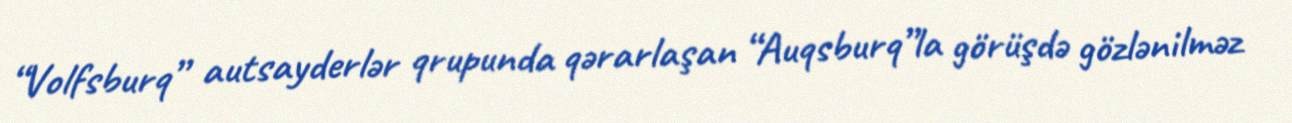
“Volfsburq” autsayderlər qrupunda qərarlaşan “Auqsburq”la görüşdə gözlənilməz